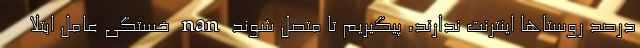
درصد روستاها اینترنت ندارند، پیگیریم تا متصل شوند nan خستگی عامل ابتلا